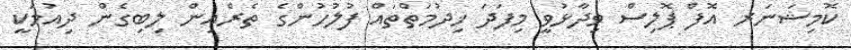
ކޮމިޝަނަރ އޮފް ޕޮލިސް ވިދާޅުވީ މިފަދަ ޚިދުމަތްތައް ފުލުހުންގެ ތެރެއިން ލިބިގެން ދިއުމަކީ